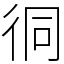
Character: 㣚